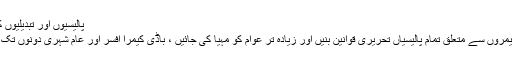
پالیسیوں اور تبدیلیوں کی دستیابی
جسم زدہ کیمروں سے متعلق تمام پالیسیاں تحریری قوانین بنیں اور زیادہ تر عوام کو مہیا کی جائیں ، باڈی کیمرا افسر اور عام شہری دونوں تک پہنچتا ہے۔